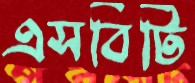
এসবিটি